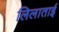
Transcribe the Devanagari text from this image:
लिलाताई